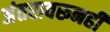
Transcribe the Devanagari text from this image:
अंतरावरूनही